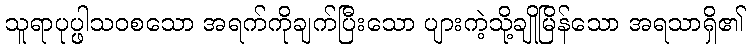
သူရာပုပ္ဖါသဝစသော အရက်ကိုချက်ပြီးသော ပျားကဲ့သို့ချိုမြိန်သော အရသာရှိ၏